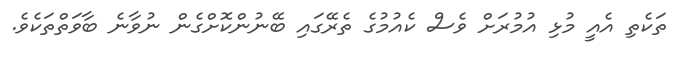
ތަކެތި އެއީ މުޅި އުމުރަށް ވެސް ކެއުމުގެ ތެރޭގައި ބޭނުންކޮށްގެން ނުވާނެ ބާވަތްތަކެވެ.